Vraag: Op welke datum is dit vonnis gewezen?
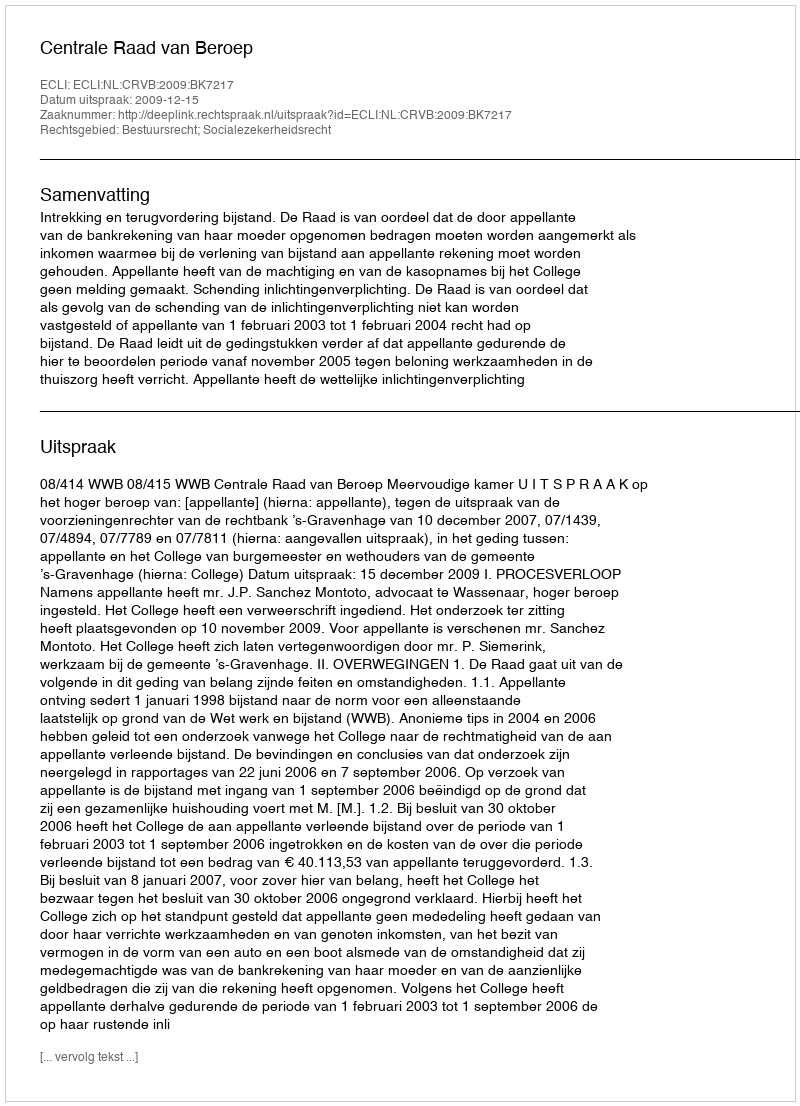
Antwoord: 2009-12-15